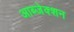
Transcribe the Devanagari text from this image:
आब्जेक्शन